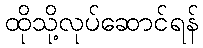
ထိုသို့လုပ်ဆောင်ရန်